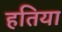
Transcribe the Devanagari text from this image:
हतिया